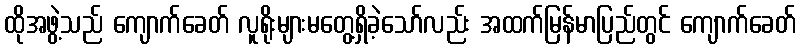
ထိုအဖွဲ့သည် ကျောက်ခေတ် လူရိုးများမတွေ့ရှိခဲ့သော်လည်း အထက်မြန်မာပြည်တွင် ကျောက်ခေတ်